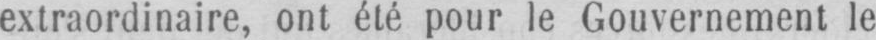
extraordinaire, ont été pour le Gouvernement le